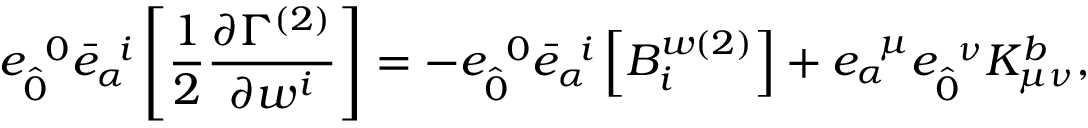
{ e } _ { \hat { 0 } } ^ { \; \; 0 } { \bar { e } } _ { \alpha } ^ { \; \; i } \left[ \frac { 1 } { 2 } \frac { \partial \Gamma ^ { ( 2 ) } } { \partial w ^ { i } } \right] = - { e } _ { \hat { 0 } } ^ { \; \; 0 } { \bar { e } } _ { \alpha } ^ { \; \; i } \left[ B _ { i } ^ { w ( 2 ) } \right] + { e } _ { \alpha } ^ { \; \; \mu } { e } _ { \hat { 0 } } ^ { \; \; \nu } K _ { \mu \nu } ^ { b } ,